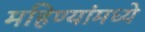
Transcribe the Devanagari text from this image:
महिण्यांमध्ये